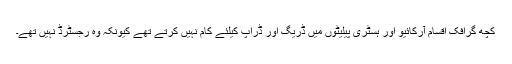
کچھ گرافک اقسام آرکائیو اور ہسٹری پیلیٹوں میں ڈریگ اور ڈراپ کیلئے کام نہیں کرتے تھے کیونکہ وہ رجسٹرڈ نہیں تھے۔